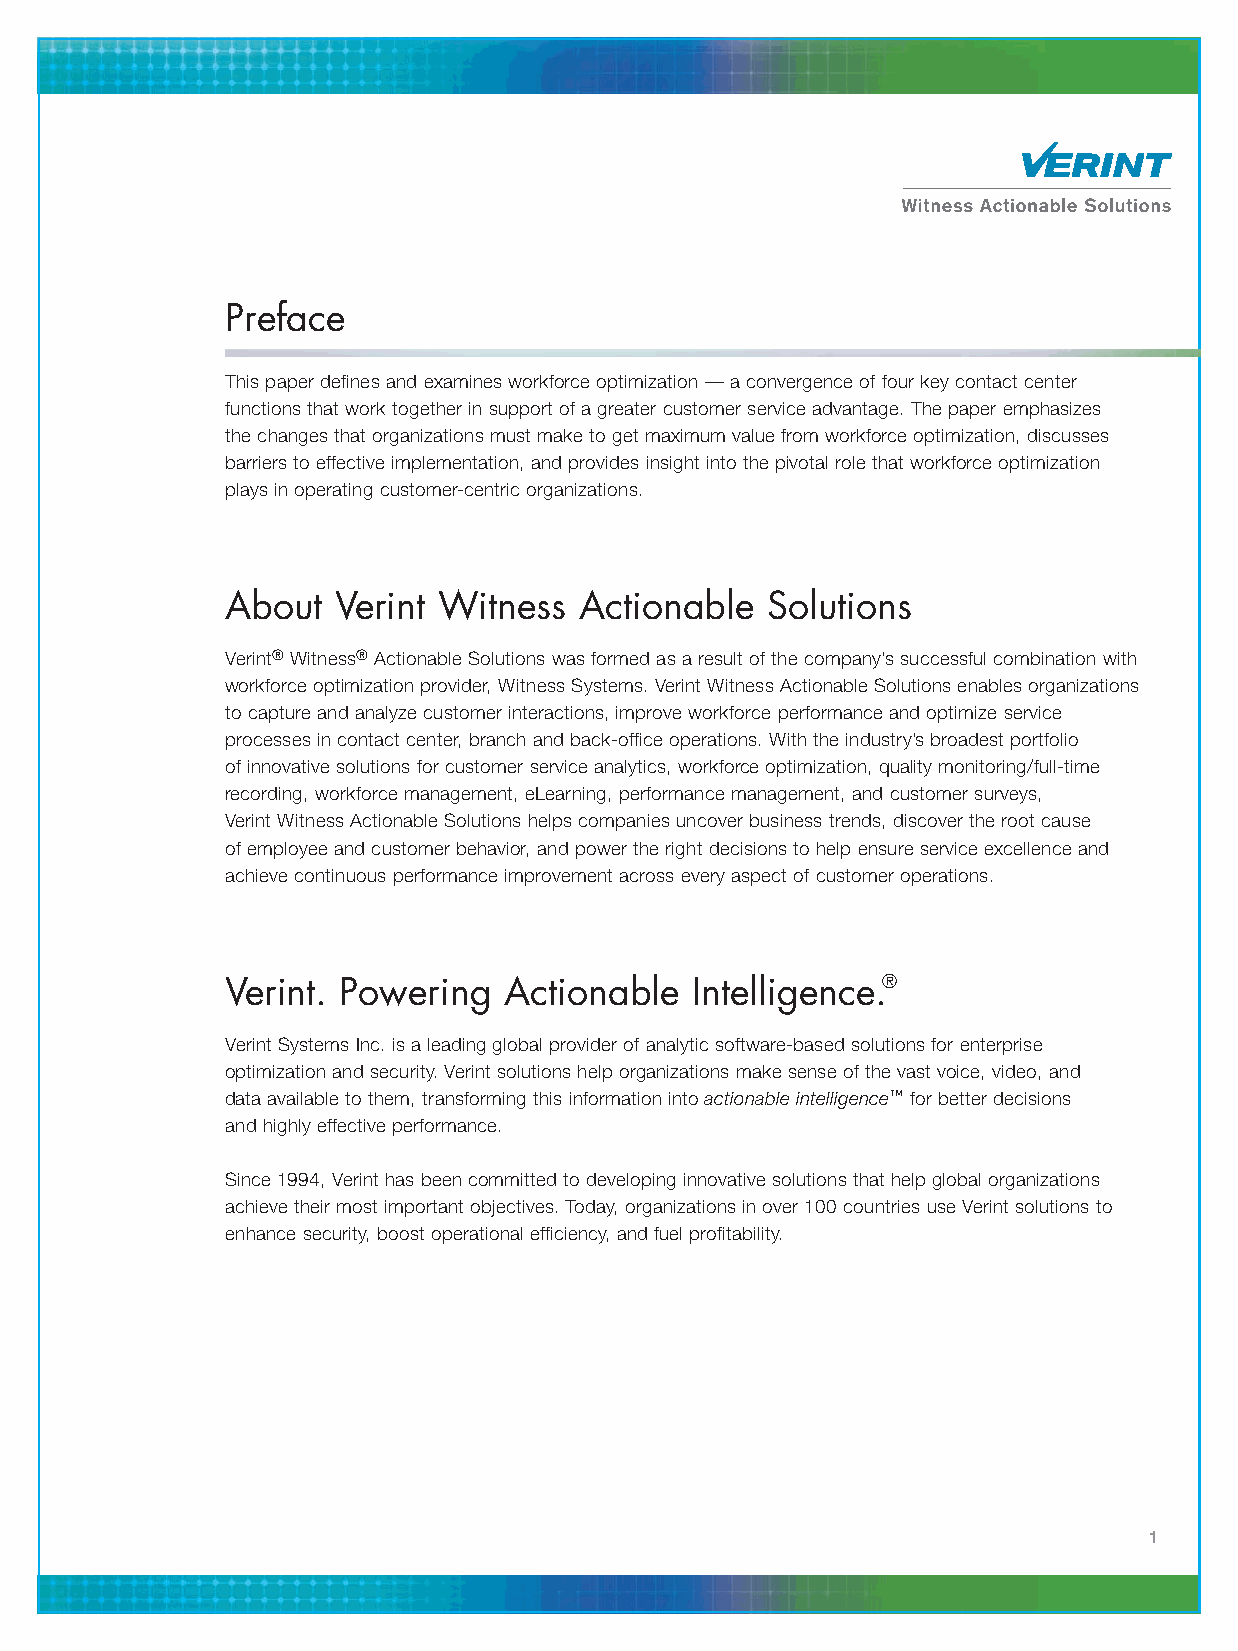
Preface
 This paper defines and examines workforce optimization — a convergence of four key contact center
 functions that work together in support of a greater customer service advantage. The paper emphasizes
 the changes that organizations must make to get maximum value from workforce optimization, discusses
 barriers to effective implementation, and provides insight into the pivotal role that workforce optimization
 plays in operating customer-centric organizations.
 About  Verint Witness  Actionable   Solutions
 Verint® Witness® Actionable Solutions was formed as a result of the company’s successful combination with
 workforce optimization provider, Witness Systems. Verint Witness Actionable Solutions enables organizations
 to capture and analyze customer interactions, improve workforce performance and optimize service
 processes in contact center, branch and back-office operations. With the industry’s broadest portfolio
 of innovative solutions for customer service analytics, workforce optimization, quality monitoring/full-time
 recording, workforce management, eLearning, performance management, and customer surveys,
 Verint Witness Actionable Solutions helps companies uncover business trends, discover the root cause
 of employee and customer behavior, and power the right decisions to help ensure service excellence and
 achieve continuous performance improvement across every aspect of customer operations.
 Verint. Powering  Actionable   Intelligence.®
 Verint Systems Inc. is a leading global provider of analytic software-based solutions for enterprise
 optimization and security. Verint solutions help organizations make sense of the vast voice, video, and
 data available to them, transforming this information into actionable intelligence™ for better decisions
 and highly effective performance.
 Since 1994, Verint has been committed to developing innovative solutions that help global organizations
 achieve their most important objectives. Today, organizations in over 100 countries use Verint solutions to
 enhance security, boost operational efficiency, and fuel profitability.
 1